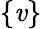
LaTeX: \{ \mathit{v}\}